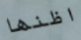
اظنها